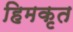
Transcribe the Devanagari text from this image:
हिमकृत